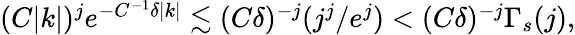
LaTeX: \begin{array}{r}{(C|k|)^{j}e^{-C^{-1}\delta|k|}\lesssim(C\delta)^{-j}(j^{j}/e^{j})<(C\delta)^{-j}\Gamma_{s}(j),}\end{array}